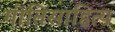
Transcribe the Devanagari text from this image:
गीतिसाहित्य